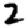
Digit: 2